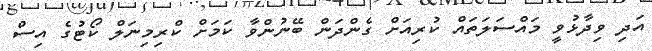
އަދި ވިދާޅުވީ މައްސަލަތައް ކުރިއަށް ގެންދަން ބޭނުންވާ ކަމަށް ކްރިމިނަލް ކޯޓުގެ އިސް